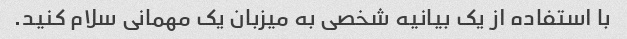
با استفاده از یک بیانیه شخصی به میزبان یک مهمانی سلام کنید.